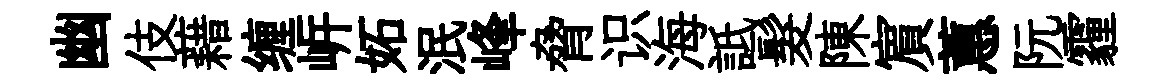
幽伎藉缠㟁妬泯峰脅识海詆髮陳賔蕙阮霾